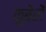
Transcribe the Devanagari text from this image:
कुबेरों